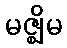
မဇ္ဈိမ